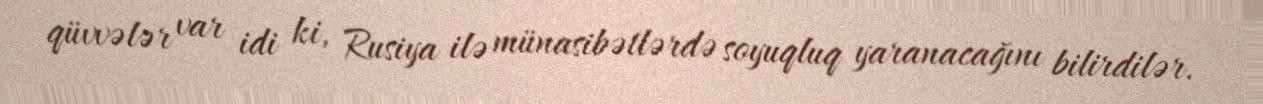
qüvvələr var idi ki, Rusiya ilə münasibətlərdə soyuqluq yaranacağını bilirdilər.